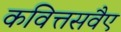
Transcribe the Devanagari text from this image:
कवित्तसवैए